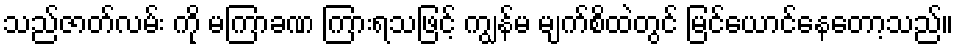
သည်ဇာတ်လမ်း ကို မကြာခဏ ကြားရသဖြင့် ကျွန်မ မျက်စိထဲတွင် မြင်ယောင်နေတော့သည်။